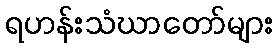
ရဟန်းသံဃာတော်များ